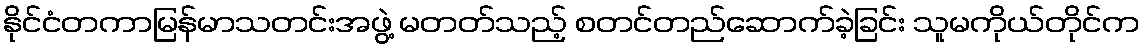
နိုင်ငံတကာမြန်မာသတင်းအဖွဲ့ မတတ်သည့် စတင်တည်ဆောက်ခဲ့ခြင်း သူမကိုယ်တိုင်က